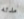
مدته